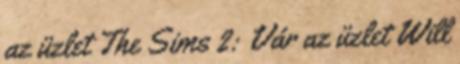
az üzlet The Sims 2: Vár az üzlet Will